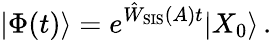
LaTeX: |\Phi(t)\rangle=e^{\hat{W}_{\mathrm{SIS}}(A)t}|X_{0}\rangle\, .